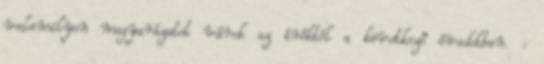
valamilyen magyarázatot várok az íróktól a következő évadokban. :